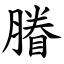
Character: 膡